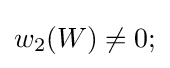
w_{2}(W)\neq 0;